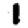
Digit: 1